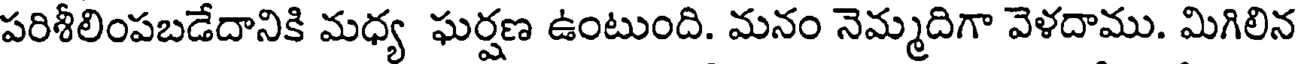
పరిశీలింపబడేదానికి మధ్య ఘర్షణ ఉంటుంది. మనం నెమ్మదిగా వెళదాము. మిగిలిన